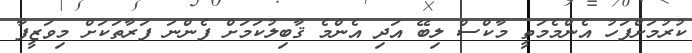
ކުރުމަށްފަހު އެންމެމަތީ މާކްސް ލިބޭ އަދި އެންމެ ޤާބިލުކަމަށް ފެންނަ ފަރާތަކަށް މިވަޒީފާ